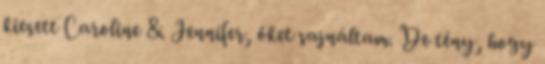
kiesett Caroline & Jennifer, őket sajnáltam. De tény, hogy